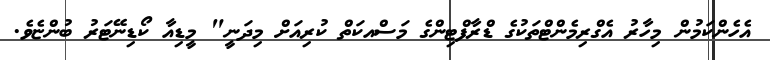
އެހެންކަމުން މިހާރު އެގްރިމެންޓްތަކުގެ ޑްރާފްޓިންގެ މަސްއކަތް ކުރިއަށް މިދަނީ" މީޑިއާ ކޯޑިނޭޓަރު ބުންޏެވެ.